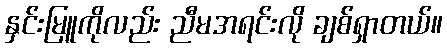
နှင်းမြူကိုလည်း ညီမအရင်းလို ချစ်ရှာတယ်။